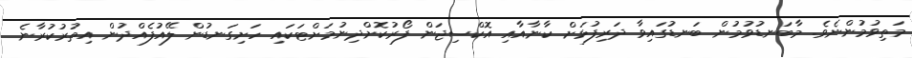
މަތިވުމުންނެވެ. މާބަނޑުވުމުން ބަނޑުގައިވާ ދަރިފުޅަށް ކާނާއާއި އޮކްސިޖަން ފޯރުކޮށްދިނުމަށްޓަކައި ހަށިގަނޑުން ލޭއުފެއްދުން އިތުރުކުރާނެ